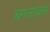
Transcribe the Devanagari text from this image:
बगलाक्रम